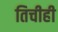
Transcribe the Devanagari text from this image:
तिचीही